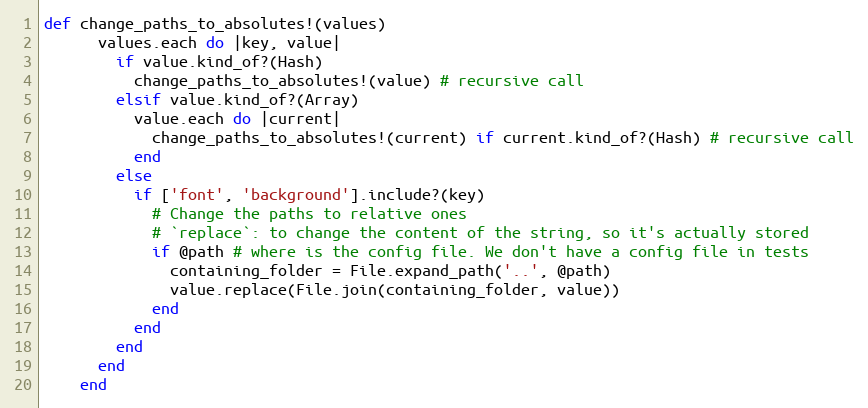
Language: Ruby
def change_paths_to_absolutes!(values)
      values.each do |key, value|
        if value.kind_of?(Hash)
          change_paths_to_absolutes!(value) # recursive call
        elsif value.kind_of?(Array)
          value.each do |current|
            change_paths_to_absolutes!(current) if current.kind_of?(Hash) # recursive call
          end
        else
          if ['font', 'background'].include?(key)
            # Change the paths to relative ones
            # `replace`: to change the content of the string, so it's actually stored
            if @path # where is the config file. We don't have a config file in tests
              containing_folder = File.expand_path('..', @path)
              value.replace(File.join(containing_folder, value))
            end
          end
        end
      end
    end